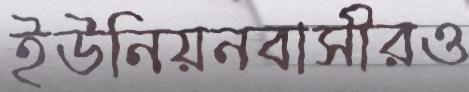
ইউনিয়নবাসীরও